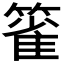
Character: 𰪖